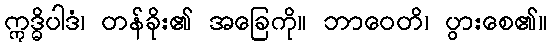
ဣဒ္ဓိပါဒံ၊ တန်ခိုး၏ အခြေကို။ ဘာဝေတိ၊ ပွားစေ၏။